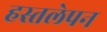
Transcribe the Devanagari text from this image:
हस्तलेपन